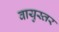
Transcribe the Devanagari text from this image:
वायुस्तर